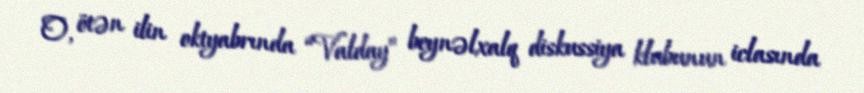
O, ötən ilin oktyabrında “Valday” beynəlxalq diskussiya klubunun iclasında